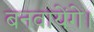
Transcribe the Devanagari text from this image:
बनवायेंगे।